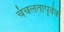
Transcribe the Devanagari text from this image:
चंचलतापूर्वक